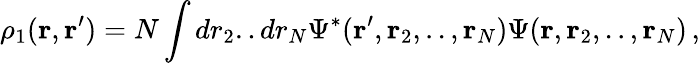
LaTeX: \rho_{1}({\mathbf r},{\mathbf r}^{\prime})=N\int dr_{2}..dr_{N}\Psi^{*}({\mathbf r}^{\prime},{\mathbf r}_{2},..,{\mathbf r}_{N})\Psi({\mathbf r},{\mathbf r}_{2},..,{\mathbf r}_{N})\, ,